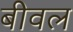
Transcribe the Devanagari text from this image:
बीवल